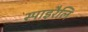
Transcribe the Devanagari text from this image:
स्पाइरैलि